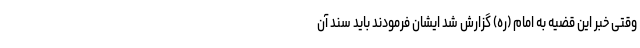
وقتی خبر این قضیه به امام (ره) گزارش شد ایشان فرمودند باید سند آن